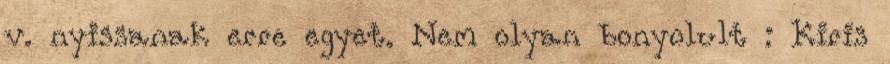
v. nyissanak erre egyet. Nem olyan bonyolult : Kiris